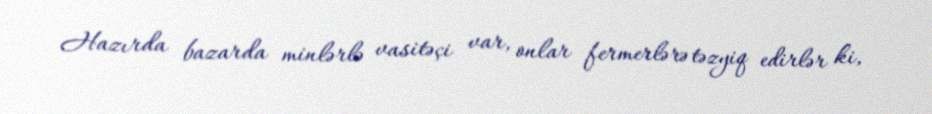
Hazırda bazarda minlərlə vasitəçi var, onlar fermerlərə təzyiq edirlər ki,